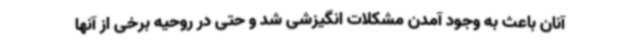
آنان باعث به وجود آمدن مشکلات انگیزشی شد و حتی در روحیه برخی از آنها